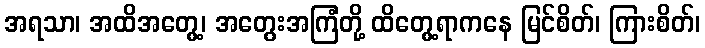
အရသာ၊ အထိအတွေ့၊ အတွေးအကြံတို့ ထိတွေ့ရာကနေ မြင်စိတ်၊ ကြားစိတ်၊